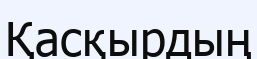
Қасқырдың